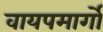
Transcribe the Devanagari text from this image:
वायपमार्गों